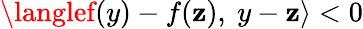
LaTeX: \langlef(y)-f(\mathbf{z}),\ y-\mathbf{z}\rangle<0